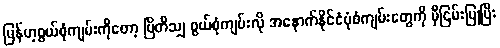
မြန်မာ့စွယ်စုံကျမ်းကိုတော့ ဗြိတိသျှ စွယ်စုံကျမ်းလို အနောက်နိုင်ငံပုံစံကျမ်းတွေကို မှီငြမ်းပြုပြီး